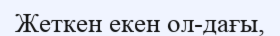
Жеткен екен ол-дағы,